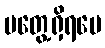
မတွေ့ရှိရပေ